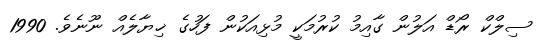
ސިލްކް ރޯޑް އަލުން ގާއިމު ކުރުމަކީ މުޅިއަކުން ފަހުގެ ޚިޔާލެއް ނޫނެވެ. 1990